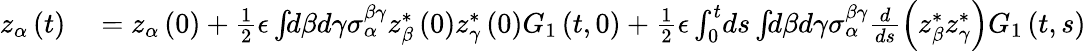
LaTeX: \begin{array}{rl}{z_{\alpha}\left(t\right)}&{{}=z_{\alpha}\left(0\right)+\frac{1}{2}\epsilon\int\! \! d\beta d\gamma\sigma_{\alpha}^{\beta\gamma}z_{\beta}^{*}\left(0\right)z_{\gamma}^{*}\left(0\right)G_{1}\left(t,0\right)+\frac{1}{2}\epsilon\int_{0}^{t}\! ds\int\! \! d\beta d\gamma\sigma_{\alpha}^{\beta\gamma}\frac{d}{ds}\left(z_{\beta}^{*}z_{\gamma}^{*}\right)G_{1}\left(t,s\right)}\end{array}